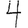
Digit: 4